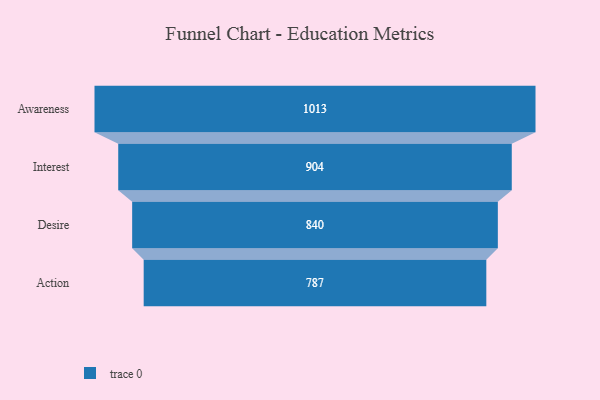
{"axis": {"x": "Stage", "y": "Value"}, "legend": [""], "data": [{"x": "Awareness", "y": 1013.0, "type": ""}, {"x": "Interest", "y": 904.0, "type": ""}, {"x": "Desire", "y": 840.0, "type": ""}, {"x": "Action", "y": 787.0, "type": ""}]}